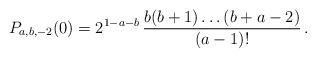
LaTeX: \begin{align*} P_{a,b,-2}(0)=2^{1-a-b} \, \frac{b(b+1)\dots (b+a-2)}{(a-1)!}\,.\end{align*}